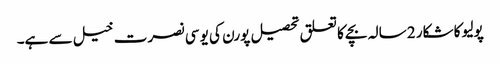
پولیو کا شکار 2 سالہ بچے کا تعلق تحصیل پورن کی یو سی نصرت خیل سے ہے۔